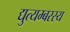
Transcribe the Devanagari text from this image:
द्युत्यम्बरस्य